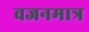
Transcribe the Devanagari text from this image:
वजनमात्र